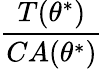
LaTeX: \frac{T(\theta^{*})}{CA(\theta^{*})}